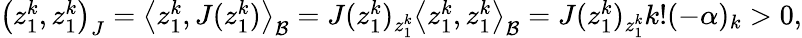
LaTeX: \begin{array}{r}{\left({z_{1}^{k},z_{1}^{k}}\right)_{J}=\left<{z_{1}^{k},J(z_{1}^{k})}\right>_{\mathcal B}=J(z_{1}^{k})_{z_{1}^{k}}\left<{z_{1}^{k},z_{1}^{k}}\right>_{\mathcal B}=J(z_{1}^{k})_{z_{1}^{k}}k!(-\alpha)_{k}>0,}\end{array}